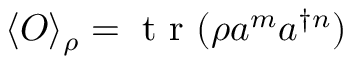
\langle O \rangle _ { \rho } = \mathrm { ~ t ~ r ~ } ( \rho a ^ { m } a ^ { \dagger n } )